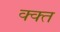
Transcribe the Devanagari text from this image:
क्क्त